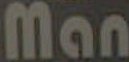
Man